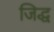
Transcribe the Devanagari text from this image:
जिद्ध